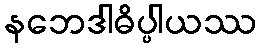
နဘေဒါဓိပ္ပါယဿ